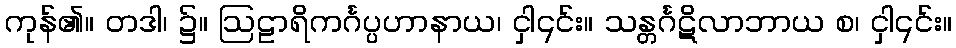
ကုန်၏။ တဒါ၊ ၌။ ဩဠာရိကင်္ဂပ္ပဟာနာယ၊ ငှါ၎င်း။ သန္တင်္ဂဋိလာဘာယ စ၊ ငှါ၎င်း။